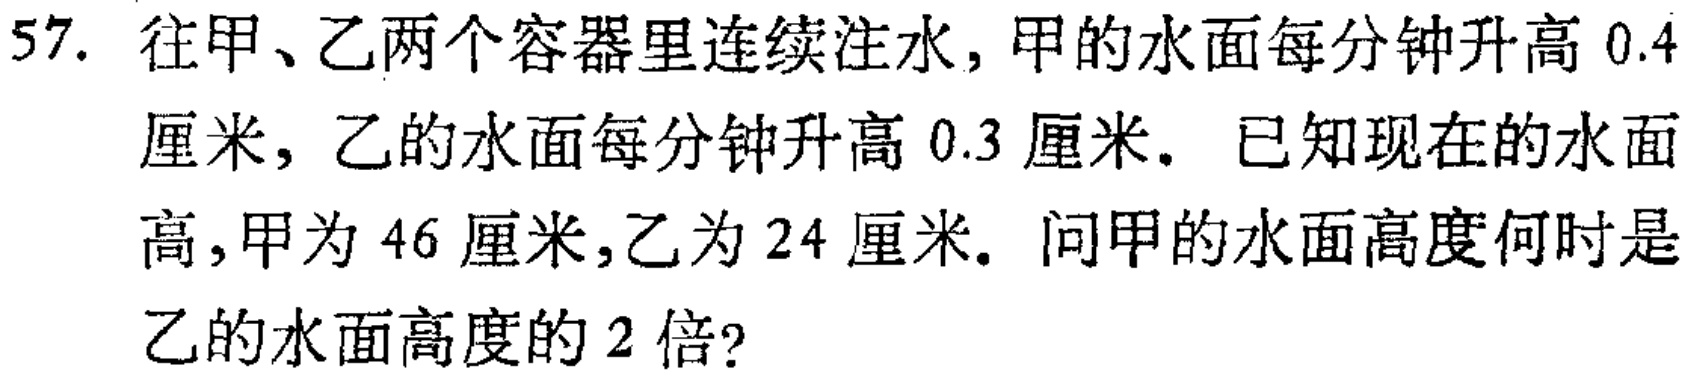
57. 往甲、乙两个容器里连续注水，甲的水面每分钟升高 \(0.4\) 厘米，乙的水面每分钟升高 \(0.3\) 厘米。已知现在的水面高，甲为 \(46\) 厘米，乙为 \(24\) 厘米。问甲的水面高度何时是乙的水面高度的 \(2\) 倍?